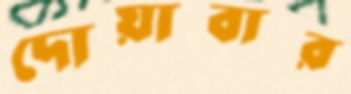
দোয়াবার